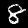
Label: 8